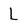
Character: L